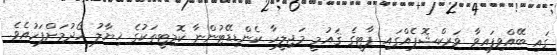
ގައި ބޭއްވިފައިވާ ވަރކްޝޮޕެއްގައި ޕާޓީގެ ޤައުމީ މަޖިލީހާ ކެންޑިޑޭޓުންނާ ކޮމިޓީތަކުގެ ޚިޔާލު ހޯދުމަށްފަހުއެވެ.